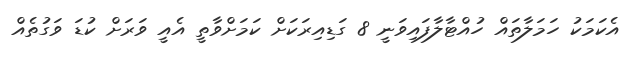
އެކަމަކު ހަމަލާތައް ހުއްޓާލާފައިވަނީ 8 ގަޑިއިރަކަށް ކަމަށްވާތީ އެއީ ވަރަށް ކުޑަ ވަގުތެއް